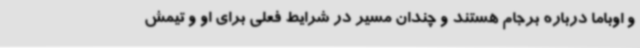
و اوباما درباره برجام هستند و چندان مسیر در شرایط فعلی برای او و تیمش